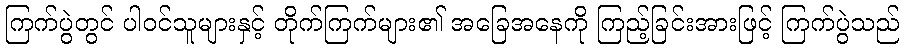
ကြက်ပွဲတွင် ပါဝင်သူများနှင့် တိုက်ကြက်များ၏ အခြေအနေကို ကြည့်ခြင်းအားဖြင့် ကြက်ပွဲသည်